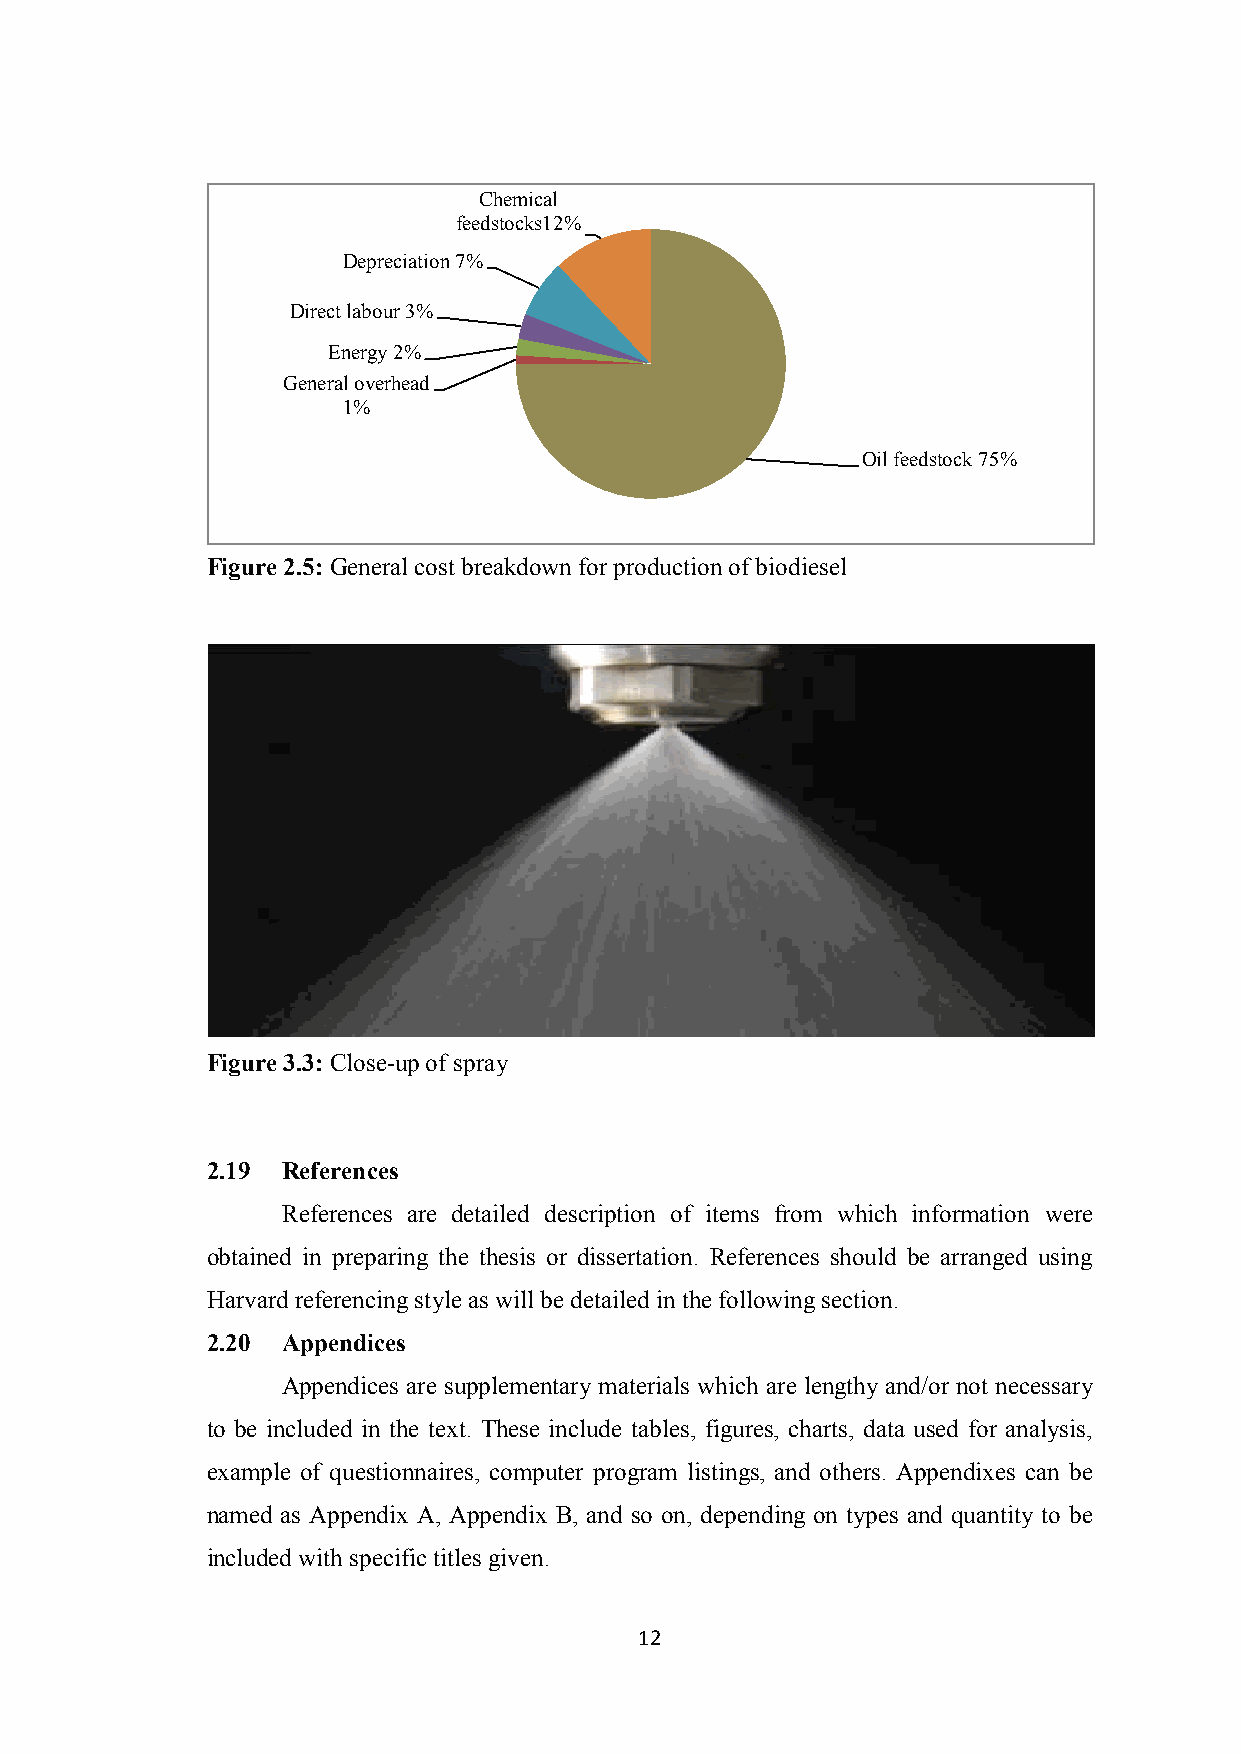
Chemical
 feedstocks12%
 Depreciation 7%
 Direct labour 3%
 Energy 2%
 General overhead
 1%
 Oil feedstock 75%
 Figure 2.5: General cost breakdown for production of biodiesel
 Figure 3.3: Close-up of spray
 2.19 References
 References are detailed description of items from which information were
 obtained in preparing the thesis or dissertation. References should be arranged using
 Harvard referencing style as will be detailed in the following section.
 2.20 Appendices
 Appendices are supplementary materials which are lengthy and/or not necessary
 to be included in the text. These include tables, figures, charts, data used for analysis,
 example of questionnaires, computer program listings, and others. Appendixes can be
 named as Appendix A, Appendix B, and so on, depending on types and quantity to be
 included with specific titles given.
 12